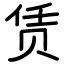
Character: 赁